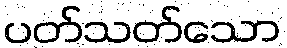
ပတ်သတ်သော